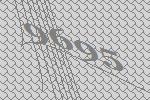
9695